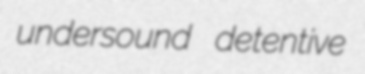
undersound detentive